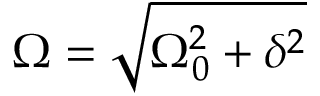
\Omega = \sqrt { \Omega _ { 0 } ^ { 2 } + \delta ^ { 2 } }